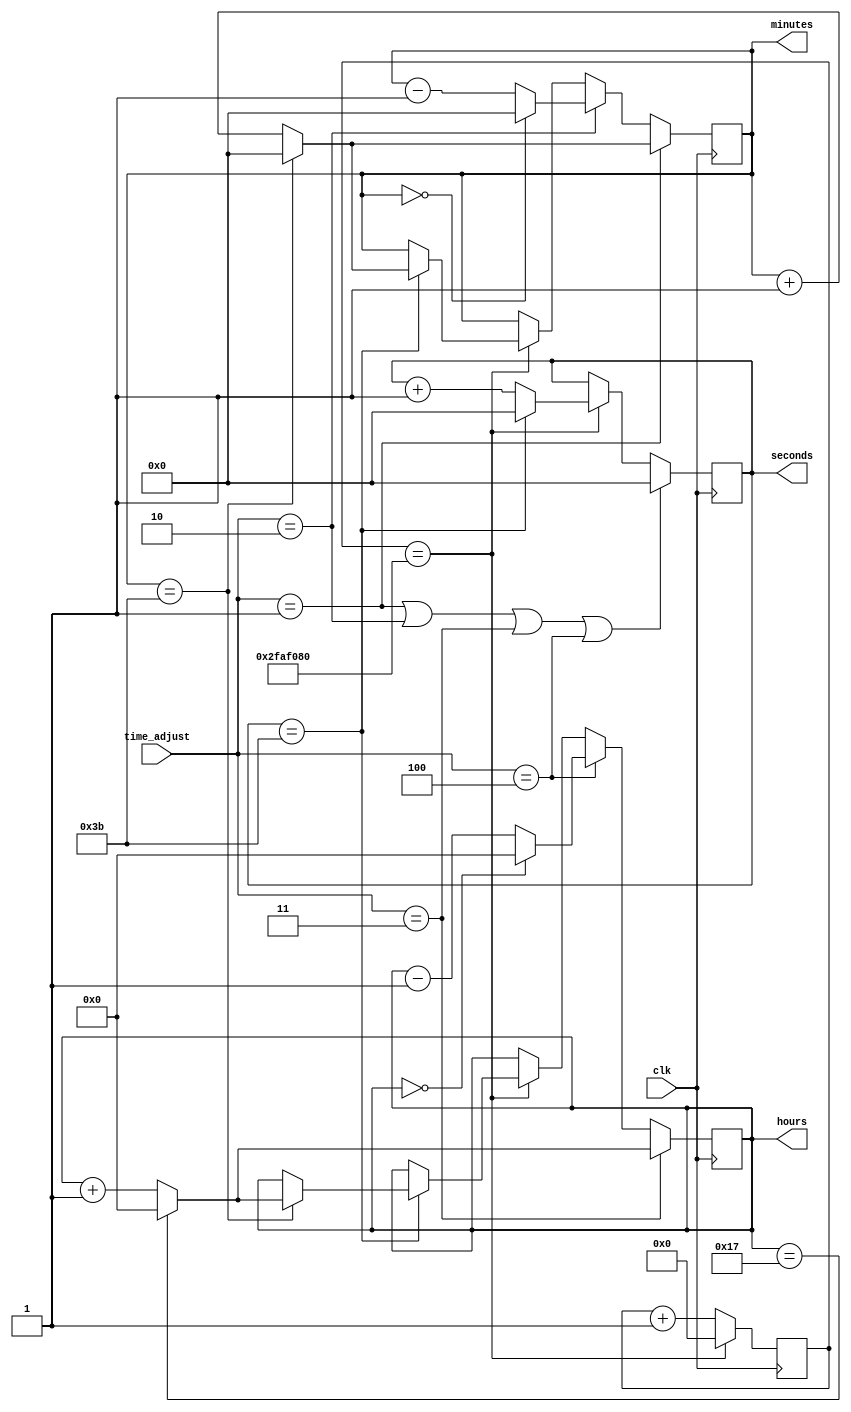
module timekeeper(
    input clk,
    input wire [2:0] time_adjust,
    output reg [5:0] seconds = 0,
    output reg [5:0] minutes = 0,
    output reg [4:0] hours = 0
);

    // time_adjust
    // 0 = no adjustment
    // 1 = min_up
    // 2 = min_down
    // 3 = hour_up
    // 4 = hour down

    parameter clk_speed = 50_000_000;
    parameter button_length = clk_speed/4;

    wire min_up = time_adjust == 4'd1;
    wire min_down = time_adjust == 4'd2;
    wire hour_up = time_adjust == 4'd3;
    wire hour_down = time_adjust == 4'd4;

    reg [25:0] counter = 0;
    always @(posedge clk)
        if (counter == clk_speed)
            counter <= 0;
        else counter <= counter + 1;

    always @(posedge clk)
        if (min_up || min_down || hour_up || hour_down)
            seconds <= 0;
        else if (counter == clk_speed)
            if (seconds == 6'd59)
                seconds <= 0;
            else
                seconds <= seconds + 1;
        else seconds <= seconds;

    always @(posedge clk)
        if (min_up)
            if (minutes == 6'd59)
                minutes <= 0;
            else
                minutes <= minutes + 1;
        else if (min_down)
            if (minutes == 6'd0)
                minutes <= 0;
            else
                minutes <= minutes - 1;
        else if (counter == clk_speed)
            if (seconds == 6'd59)
                if (minutes == 6'd59)
                    minutes <= 0;
                else
                    minutes <= minutes + 1;
        else
            minutes <= minutes;

    always @(posedge clk)
        if (hour_up)
            if (hours == 5'd23)
                hours <= 0;
            else
                hours <= hours + 1;
        else if (hour_down)
            if (hours == 5'd0)
                hours <= 0;
            else
                hours <= hours - 1;
        else if (counter == clk_speed)
            if (seconds == 6'd59)
                if (minutes == 6'd59)
                    if (hours == 5'd23)
                        hours <= 0;
                    else
                        hours <= hours + 1;
        else
            hours <= hours;

endmodule